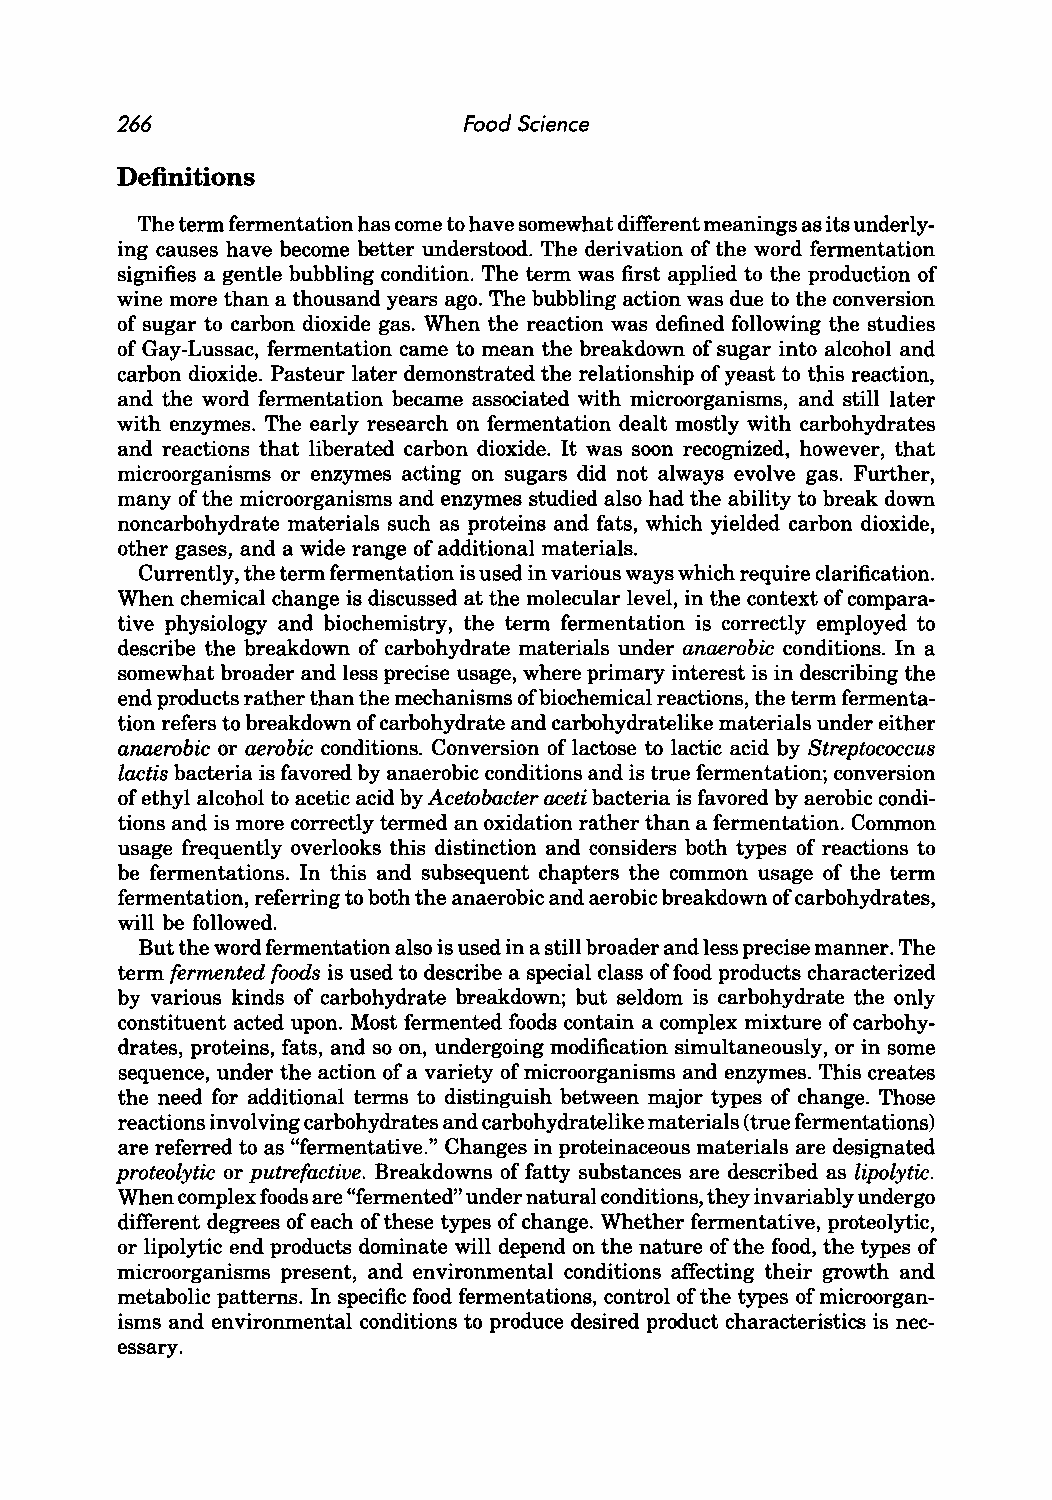
266                    Food Science
 Definitions
 The term fermentation has come to have somewhat different meanings as its underly
 ing causes have become better understood. The derivation of the word fermentation
 signifies a gentle bubbling condition. The term was first applied to the production of
 wine more than a thousand years ago. The bubbling action was due to the conversion
 of sugar to carbon dioxide gas. When the reaction was defined following the studies
 of Gay-Lussac, fermentation came to mean the breakdown of sugar into alcohol and
 carbon dioxide. Pasteur later demonstrated the relationship of yeast to this reaction,
 and the word fermentation became associated with microorganisms, and still later
 with enzymes. The early research on fermentation dealt mostly with carbohydrates
 and reactions that liberated carbon dioxide. It was soon recognized, however, that
 microorganisms or enzymes acting on sugars did not always evolve gas. Further,
 many of the microorganisms and enzymes studied also had the ability to break down
 noncarbohydrate materials such as proteins and fats, which yielded carbon dioxide,
 other gases, and a wide range of additional materials.
 Currently, the term fermentation is used in various ways which require clarification.
 When chemical change is discussed at the molecular level, in the context of compara
 tive physiology and biochemistry, the term fermentation is correctly employed to
 describe the breakdown of carbohydrate materials under anaerobic conditions. In a
 somewhat broader and less precise usage, where primary interest is in describing the
 end products rather than the mechanisms of biochemical reactions, the term fermenta
 tion refers to breakdown of carbohydrate and carbohydratelike materials under either
 anaerobic or aerobic conditions. Conversion of lactose to lactic acid by Streptococcus
 lactis bacteria is favored by anaerobic conditions and is true fermentation; conversion
 of ethyl alcohol to acetic acid by Acetobacter aceti bacteria is favored by aerobic condi
 tions and is more correctly termed an oxidation rather than a fermentation. Common
 usage frequently overlooks this distinction and considers both types of reactions to
 be fermentations. In this and subsequent chapters the common usage of the term
 fermentation, referring to both the anaerobic and aerobic breakdown of carbohydrates,
 will be followed.
 But the word fermentation also is used in a still broader and less precise manner. The
 term fermented foods is used to describe a special class of food products characterized
 by various kinds of carbohydrate breakdown; but seldom is carbohydrate the only
 constituent acted upon. Most fermented foods contain a complex mixture of carbohy
 drates, proteins, fats, and so on, undergoing modification simultaneously, or in some
 sequence, under the action of a variety of microorganisms and enzymes. This creates
 the need for additional terms to distinguish between major types of change. Those
 reactions involving carbohydrates and carbohydratelike materials (true fermentations)
 are referred to as "fermentative." Changes in proteinaceous materials are designated
 proteolytic or putrefactive. Breakdowns of fatty substances are described as lipolytic.
 When complex foods are "fermented" under natural conditions, they invariably undergo
 different degrees of each of these types of change. Whether fermentative, proteolytic,
 or lipolytic end products dominate will depend on the nature of the food, the types of
 microorganisms present, and environmental conditions affecting their growth and
 metabolic patterns. In specific food fermentations, control of the types of microorgan
 isms and environmental conditions to produce desired product characteristics is nec
 essary.